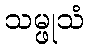
သမ္ဖုသံ